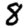
Digit: 8